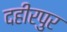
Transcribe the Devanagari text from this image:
दहीरपुर